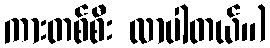
ကားတစ်စီး လာပါတယ်။)